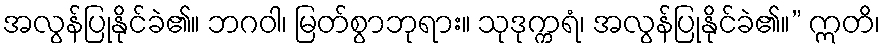
အလွန်ပြုနိုင်ခဲ၏။ ဘဂဝါ၊ မြတ်စွာဘုရား။ သုဒုက္ကရံ၊ အလွန်ပြုနိုင်ခဲ၏။” ဣတိ၊